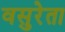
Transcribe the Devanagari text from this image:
वसुरेता